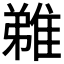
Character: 𨿝